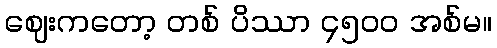
ဈေးကတော့ တစ် ပိဿာ ၄၅၀၀ အစ်မ။